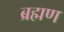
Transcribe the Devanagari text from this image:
ब्रह्मण